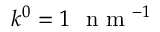
k ^ { 0 } = 1 ~ \mathrm { ~ n ~ m ~ } ^ { - 1 }